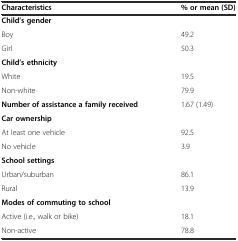
<table><thead><tr><td><b>Characteristics</b></td><td><b>% or mean (SD)</b></td></tr></thead><tbody><tr><td><b>Child’s gender</b></td><td></td></tr><tr><td>Boy</td><td>49.2</td></tr><tr><td>Girl</td><td>50.3</td></tr><tr><td><b>Child’s ethnicity</b></td><td></td></tr><tr><td>White</td><td>19.5</td></tr><tr><td>Non-white</td><td>79.9</td></tr><tr><td><b>Number of assistance a family received</b></td><td>1.67 (1.49)</td></tr><tr><td><b>Car ownership</b></td><td></td></tr><tr><td>At least one vehicle</td><td>92.5</td></tr><tr><td>No vehicle</td><td>3.9</td></tr><tr><td><b>School settings</b></td><td></td></tr><tr><td>Urban/suburban</td><td>86.1</td></tr><tr><td>Rural</td><td>13.9</td></tr><tr><td><b>Modes of commuting to school</b></td><td></td></tr><tr><td>Active (i.e., walk or bike)</td><td>18.1</td></tr><tr><td>Non-active</td><td>78.8</td></tr></tbody></table>